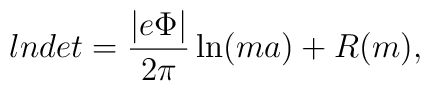
lndet = \frac{|e\Phi|}{2\pi} \ln(ma) + R(m),